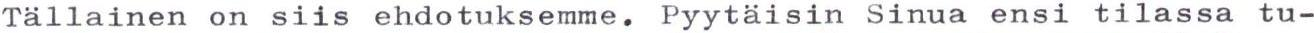
Tällainen on siis ehdotuksemme. Pyytäisin Sinua ensi tilassa tu-